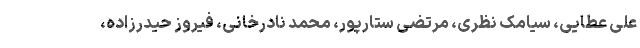
علی عطایی، سیامک نظری، مرتضی ستارپور، محمد نادرخانی، فیروز حیدرزاده،